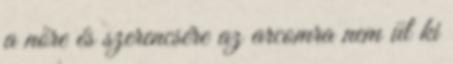
a nőre és szerencsére az arcomra nem ül ki